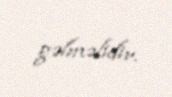
gəlməlidir.